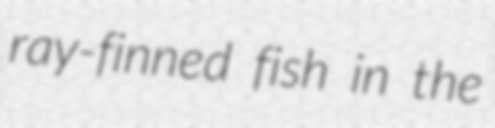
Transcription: ray-finned fish in the